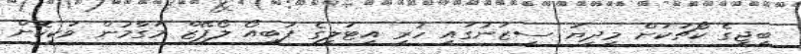
ބީޖީގެ ކޯޗަކަށް މިދިޔަ ސީޒަނުގައި ހުރި އިޓަލީގެ ފަބިއޯ ލޯޕޭޒް މަގާމުން ވަކިކޮށް